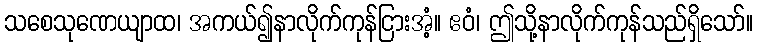
သစေသုဏေယျာထ၊ အကယ်၍နာလိုက်ကုန်ငြားအံ့။ ဧဝံ၊ ဤသို့နာလိုက်ကုန်သည်ရှိသော်။